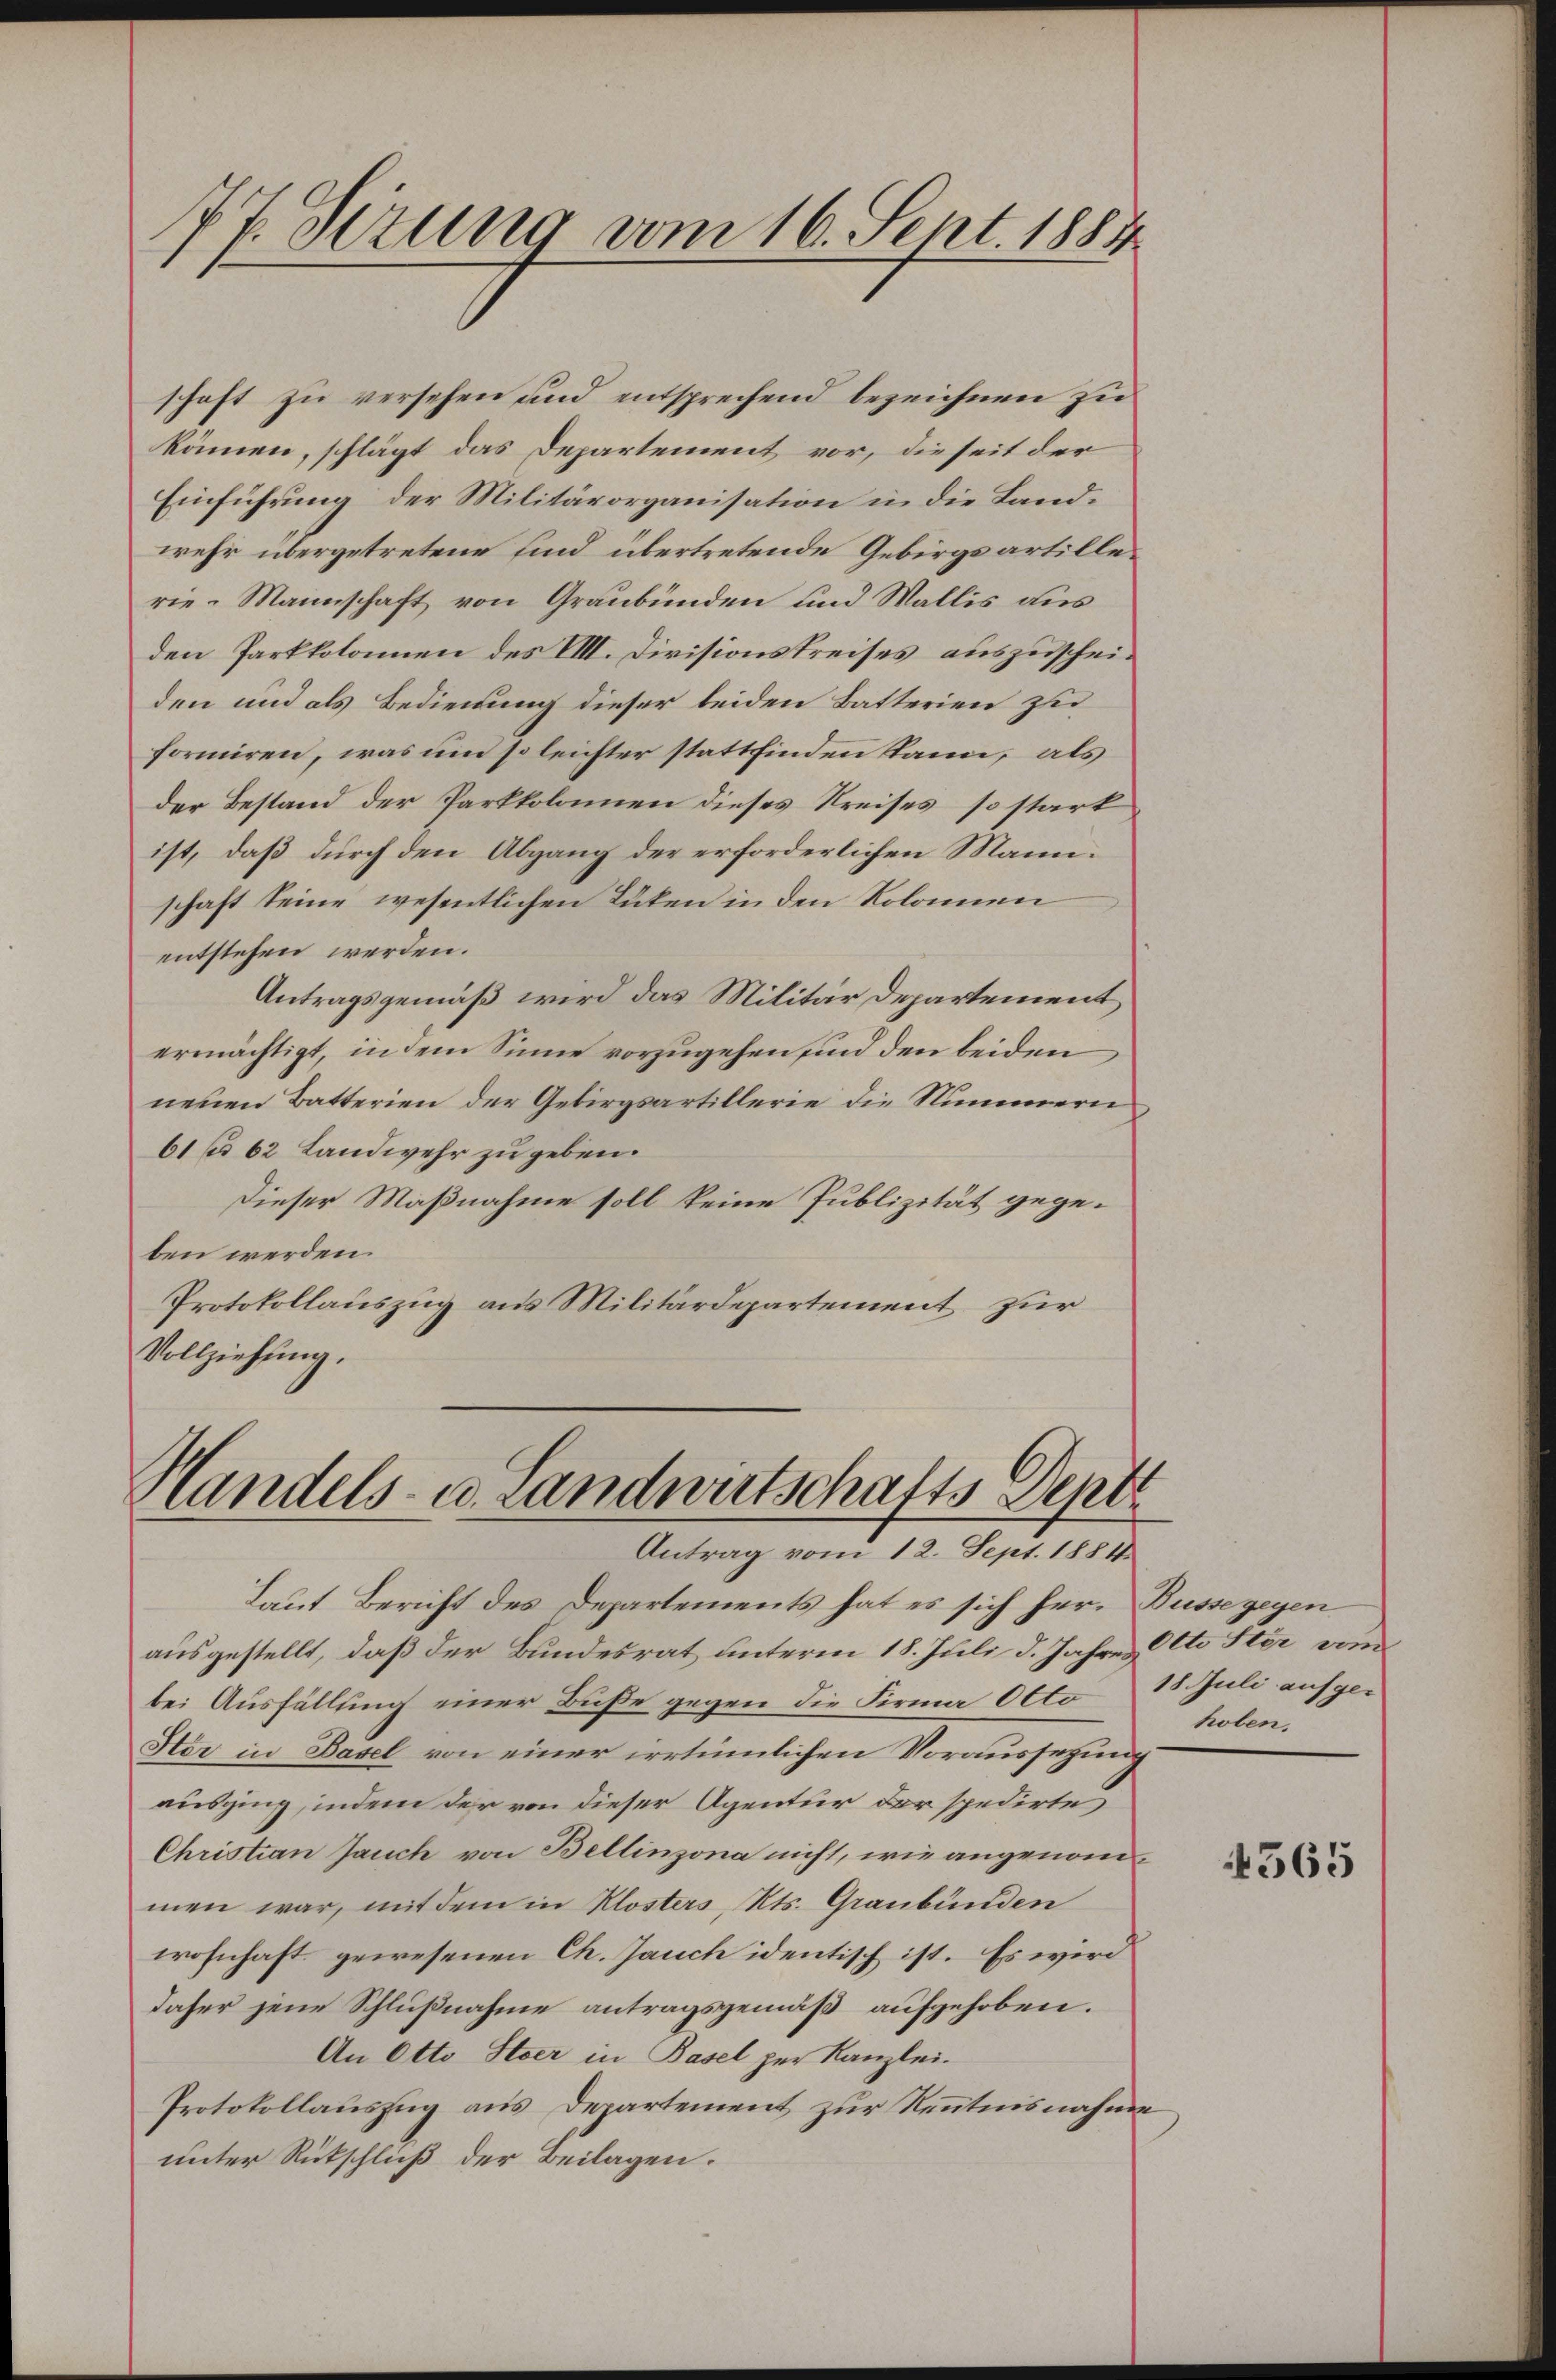
17. Serung vom 16. Sept. 1884
¬

Handels- u. Landwirtschafts Depti
Antrag von 12. Sept. 1884

schaft zu versehen und entsprechend bezeichnen zu
können, schlägt das Departement vor, dieseit der
Einführung der Militärorganisation in die Landwehr übergetretene sind übertretende Gebirgsartillerie-Mannschaft von Graubünden und Wallis aus
den Parkkolonen des VIII. Divisionskreises, auszuscheiden und als Bedienung dieser beiden Batterien zu
formiren, was und so leichter stattfinden kann, als
der Bestand der Parkkolonen dieses Kreises, so stark
ist, daß durch den Abgang der erforderlichen Mann.
schaft seine wesentlichen Rüken in den Kolomen
entstehen werden.
Antragsgemäß wird das Militär Departement
ermächtigt, in dem Sinne vorzugehen sind den beiden
neuen Batterien der Gebirgsartillerie die Nummern
61 62 Landwehr zu geben.
Dieser Maßnahme soll keine Publizität gegeben werden.
Protokollauszug aus Militärdepartement zur
Vollziehung.

Laut Bericht des Departements hat es sich her. Busse gegen
ausgestellt, daß der Bundesrat unterm 18. Juli d. Jahres Otto Ster um
bei Ausfällung einer Buße gegen die Firma Otto 18. Juli aufge¬
Her in Basel von einer irrtümlichen Voraussetzung
ausging, indem der von dieser Agentur der spedirte
Christian Jauch von Bellinzona nicht, wie angenommen war, mit dem in Klosters, Kts. Graubünden
wohnhaft gewesenen Ch. Jauch identisch ist. Es wird
daher jene Schlußnahme antragsgemäß aufgehoben.
An Otto Steer in Basel per Kanzlei-
Protokollauszug aus Departement zur Kenntnisnahme
unter Rückschluß der Beilagen.

hoben,

4565